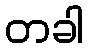
တခါ